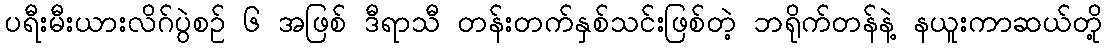
ပရီးမီးယားလိဂ်ပွဲစဉ် ၆ အဖြစ် ဒီရာသီ တန်းတက်နှစ်သင်းဖြစ်တဲ့ ဘရိုက်တန်နဲ့ နယူးကာဆယ်တို့